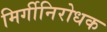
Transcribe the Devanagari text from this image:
मिर्गीनिरोधक